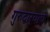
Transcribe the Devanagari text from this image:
गुरुद्वार्‍याचे